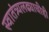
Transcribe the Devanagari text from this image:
स्वातंत्र्यलढ्याचीही